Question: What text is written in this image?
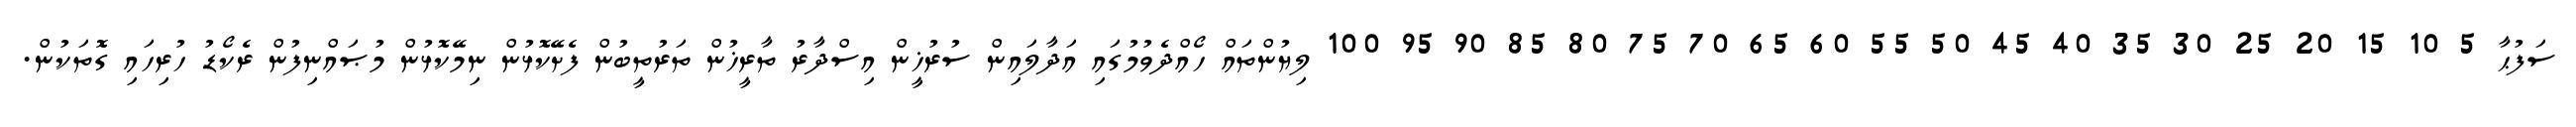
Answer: ސަފުޙާ 5 10 15 20 25 30 35 40 45 50 55 60 65 70 75 80 85 90 95 100 ލިޔުންތައް ހޯއްދެވުމުގައި އަދާލައިން ސުރުޚީން އިސްދާރު ތާރީޚުން ތަރުތީބުން ފެށޭކޮޅުން ނިމޭކޮޅުން މުޞައްނިފުން ރެކޯޑު ހުރިހައި ގޮތަކުން.